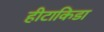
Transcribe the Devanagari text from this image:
हीटाकिडा